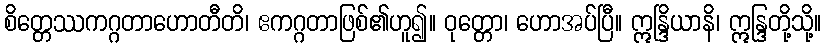
စိတ္တေဿကဂ္ဂတာဟောတီတိ၊ ဧကဂ္ဂတာဖြစ်၏ဟူ၍။ ဝုတ္တော၊ ဟောအပ်ပြီ။ ဣန္ဒြိယာနိ၊ ဣန္ဒြတို့သို့။